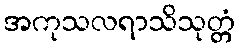
အကုသလရာသိသုတ္တံ